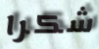
شكرا